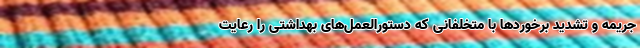
جریمه و تشدید برخورد‌ها با متخلفانی که دستورالعمل‌های بهداشتی را رعایت